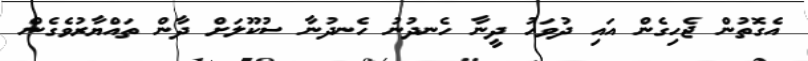
އެގޮތުން ޖެހިގެން އައި ދުވަހު ދީނާ ހެނދުނު ހެނދުނާ ސުކޫލަށް ދާން ތައްޔާރުވެގެން